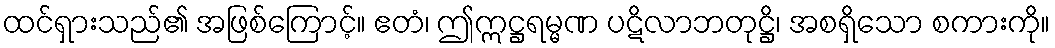
ထင်ရှားသည်၏ အဖြစ်ကြောင့်။ ဧတံ၊ ဤဣဋ္ဌရမ္မဏ ပဋိလာဘတုဋ္ဌိ၊ အစရှိသော စကားကို။